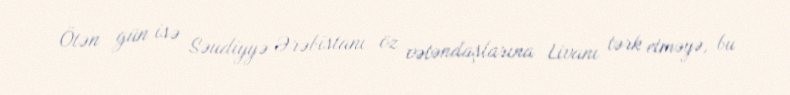
Ötən gün isə Səudiyyə Ərəbistanı öz vətəndaşlarına Livanı tərk etməyə, bu